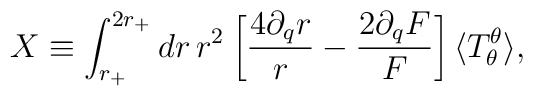
X \equiv \int_{r_+}^{2r_+} dr\, r^2 \: \biggl[\frac{4\partial_q r}{r}-\frac{2\partial_q F}{F}\biggr]\,\langle T^{\theta}_{\theta} \rangle,